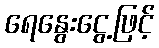
ရေနွေးငွေ့ဖြင့်